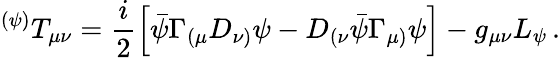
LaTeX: {}^{(\psi)}T_{\mu\nu}=\frac{i}{2}\left[\bar{\psi}\Gamma_{(\mu}D_{\nu)}\psi-D_{(\nu}\bar{\psi}\Gamma_{\mu)}\psi\right]-g_{\mu\nu}L_{\psi}\, .